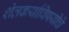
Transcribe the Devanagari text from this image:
शेतकर्यांविषयीचे